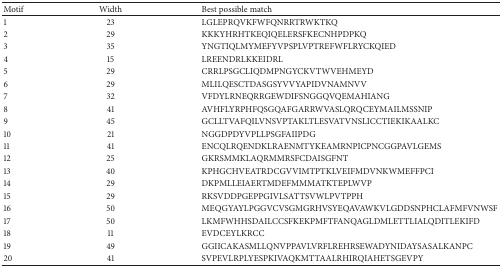
| Motif | Width | Best possible match |
 | --- | --- | --- |
 | 1 | 23 | LGLEPRQVKFWFQNRRTRWKTKQ |
 | 2 | 29 | KKKYHRHTKEQIQELERSFKECNHPDPKQ |
 | 3 | 35 | YNGTIQLMYMEFYVPSPLVPTREFWFLRYCKQIED |
 | 4 | 15 | LREENDRLKKEIDRL |
 | 5 | 29 | CRRLPSGCLIQDMPNGYCKVTWVEHMEYD |
 | 6 | 29 | MLILQESCTDASGSYVVYAPIDVNAMNVV |
 | 7 | 32 | VFDYLRNEQRRGEWDIFSNGGQVQEMAHIANG |
 | 8 | 41 | AVHFLYRPHFQSGQAFGARRWVASLQRQCEYMAILMSSNIP |
 | 9 | 45 | GCLLTVAFQILVNSVPTAKLTLESVATVNSLICCTIEKIKAALKC |
 | 10 | 21 | NGGDPDYVPLLPSGFAIIPDG |
 | 11 | 41 | ENCQLRQENDKLRAENMTYKEAMRNPICPNCGGPAVLGEMS |
 | 12 | 25 | GKRSMMKLAQRMMRSFCDAISGFNT |
 | 13 | 40 | KPHGCHVEATRDCGVVIMTPTKLVEIFMDVNKWMEFFPCI |
 | 14 | 29 | DKPMLLEIAERTMDEFMMMATKTEPLWVP |
 | 15 | 29 | RKSVDDPGEPPGIVLSATTSVWLPVTPPH |
 | 16 | 50 | MEQGYAYLPGGVCVSGMGRHVSYEQAVAWKVLGDDSNPHCLAFMFVNWSF |
 | 17 | 50 | LKMFWHHSDAILCCSFKEKPMFTFANQAGLDMLETTLIALQDITLEKIFD |
 | 18 | 11 | EVDCEYLKRCC |
 | 19 | 49 | GGIICAKASMLLQNVPPAVLVRFLREHRSEWADYNIDAYSASALKANPC |
 | 20 | 41 | SVPEVLRPLYESPKIVAQKMTTAALRHIRQIAHETSGEVPY |